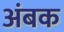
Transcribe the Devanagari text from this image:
अंबक